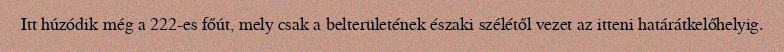
Itt húzódik még a 222-es főút, mely csak a belterületének északi szélétől vezet az itteni határátkelőhelyig.